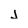
Character: j